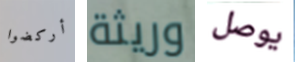
أركضوا وريثة يوصل